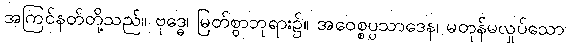
အကြင်နတ်တို့သည်။ ဗုဒ္ဓေ၊ မြတ်စွာဘုရား၌။ အဝေစ္စပ္ပသာဒေန၊ မတုန်မလှုပ်သော